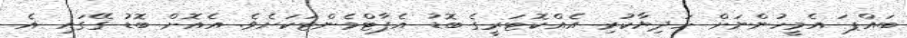
ބައްޕަ އެމީހުންނަށް ހަދިޔާކުރި އެއްކޮޓަރީގެ ބޮޑު އެޕާޓްމެންޓަކަށެވެ. އެއޮށް ބޮޑު ގޭގައި އެ